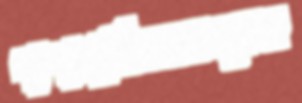
পাশাপাশিজনগণকেও